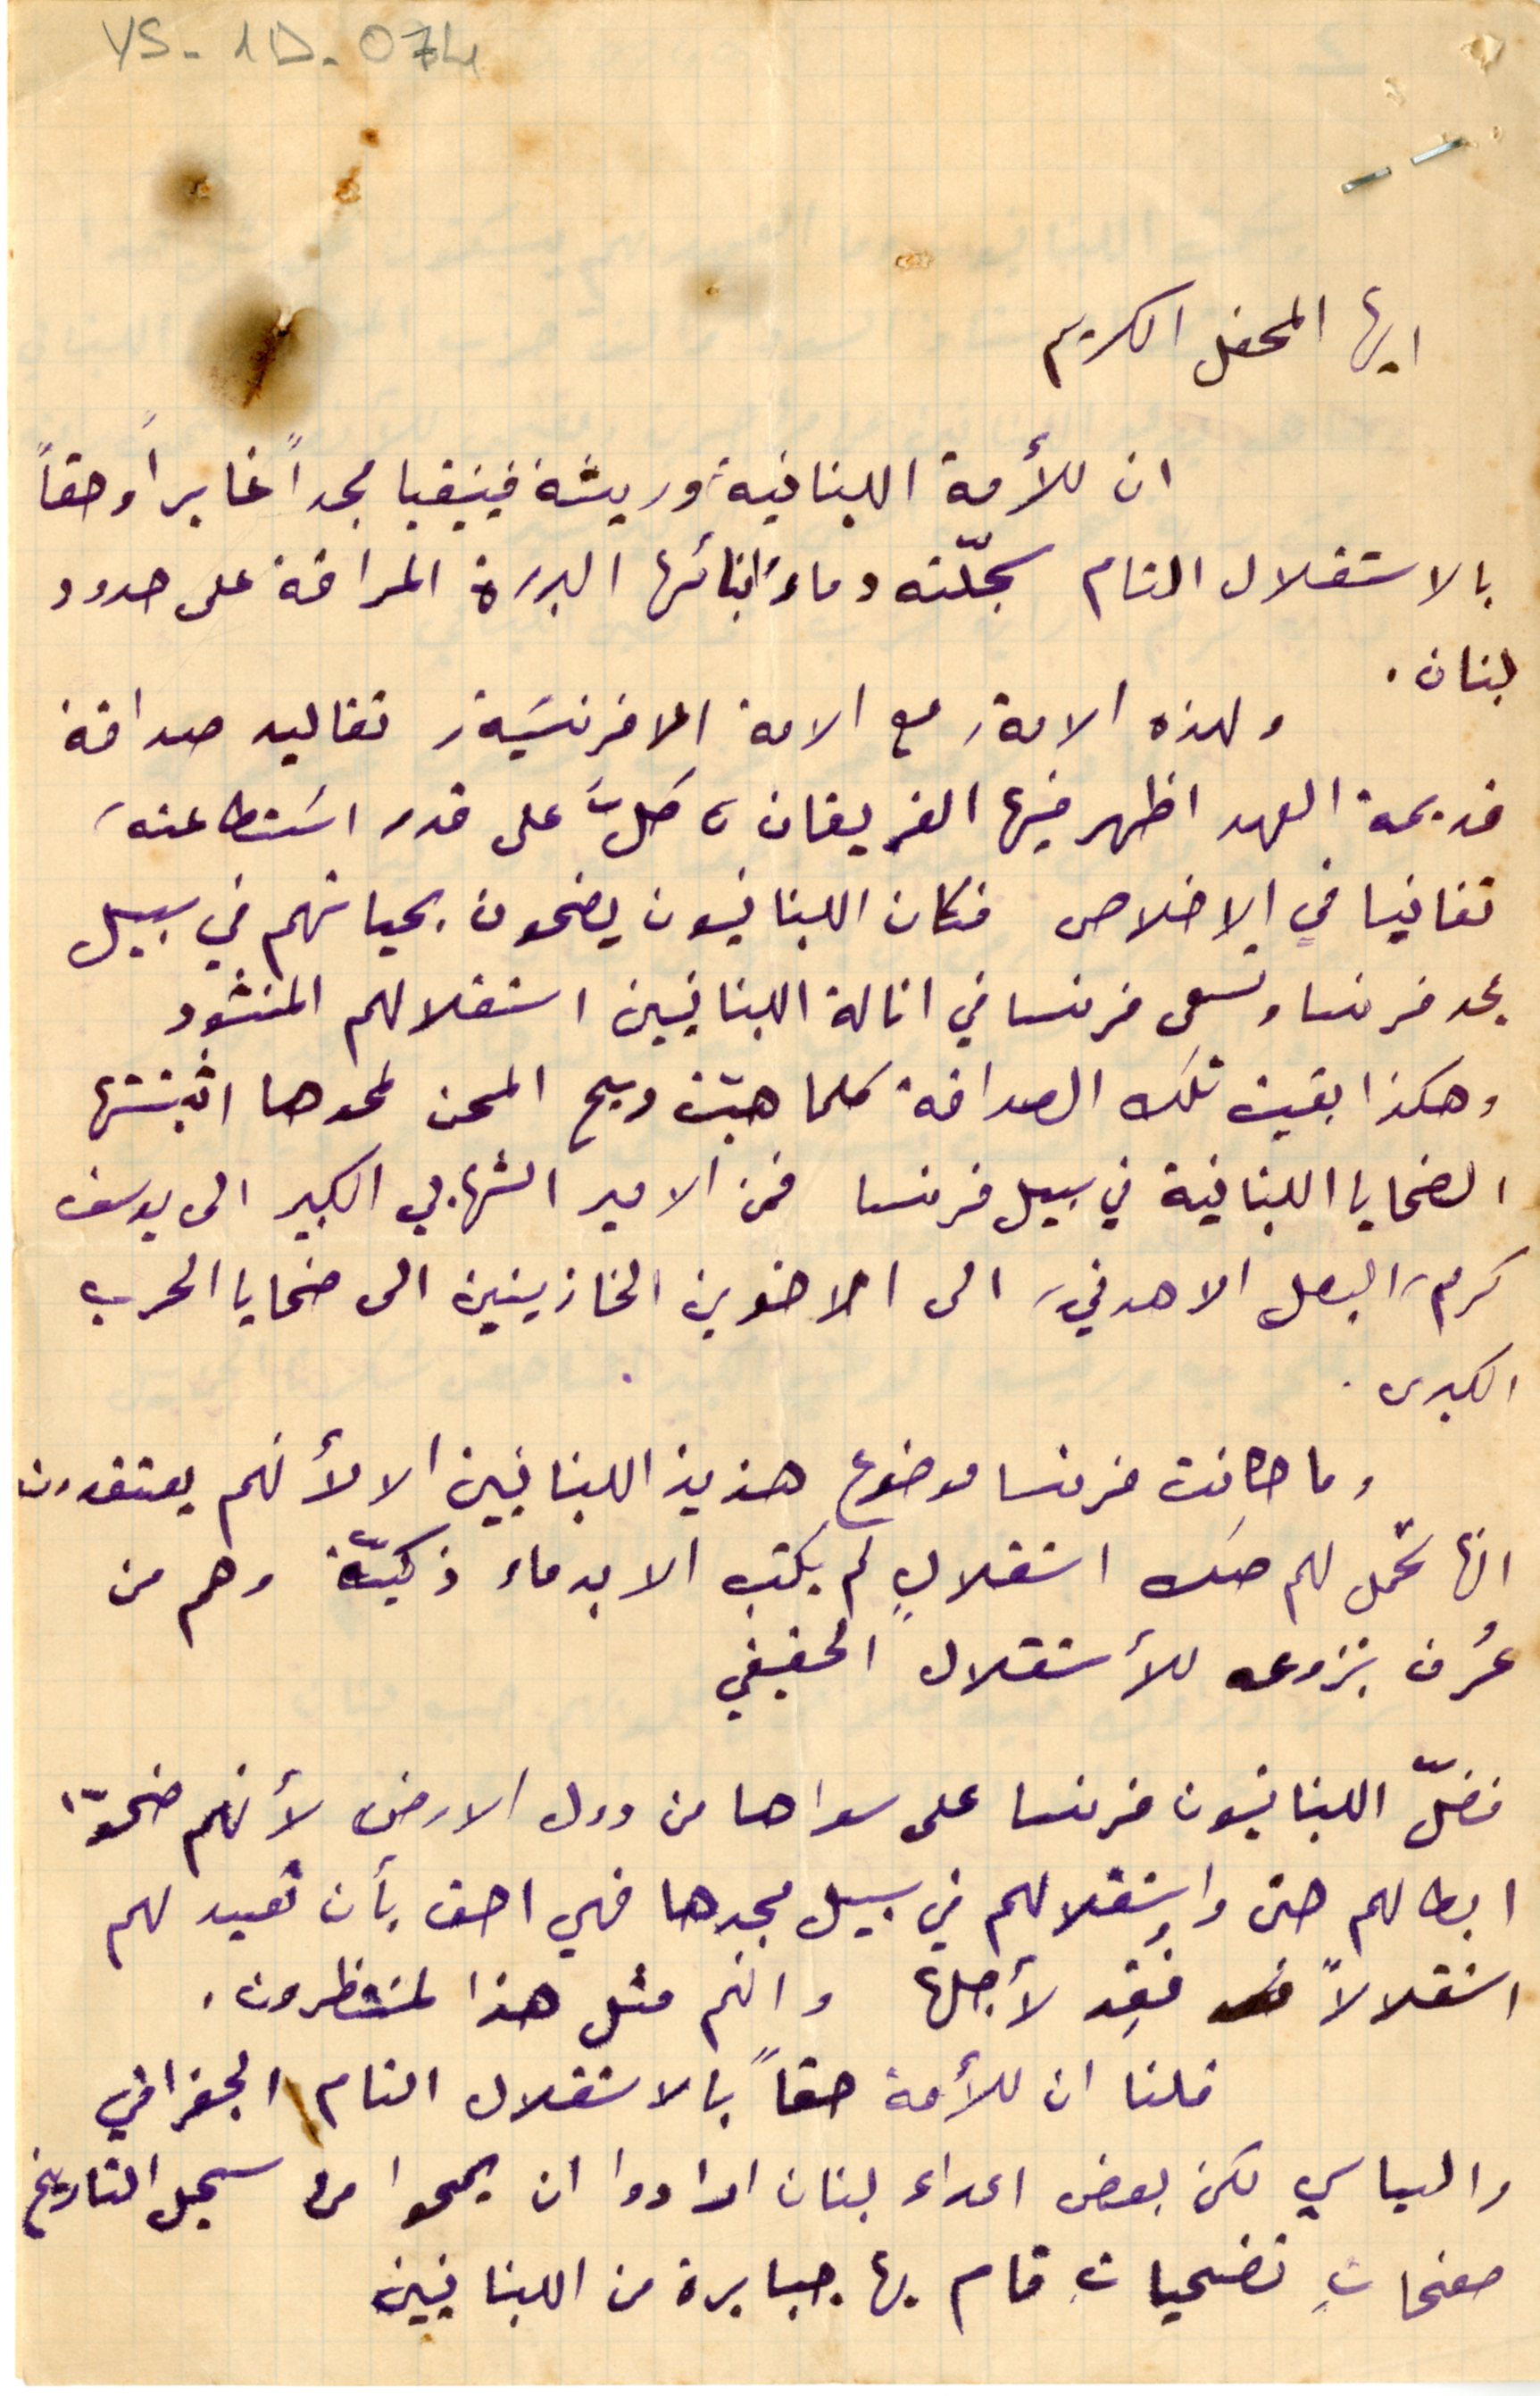
YS - 1D - 074
ايها المحفل الكريم
ان للأمة اللبنانية وريثة فينيقيا مجداً غابراً وحقاً
بالاستقلال التام سجّلته دماءَ ابنائها البررة المراقة على حدود
لبنان.
ولهذه الامة، مع الامة الافرنسَية، تقاليد صداقة
قديمة العهد اظهر فيها الفريقان ، كلَّ على قدر استطاعته
تفانيا في الاخلاص فكان اللبنانيون يضحون بحياتهم في سبيل
مجد فرنسا وتسعى فرنسا في انالة اللبنانيين استقلالهم المنشود
وهكذا بقيت تلك الصداقة كلما هبّت ريح المحن لمحوها اثبتتها
الضحايا اللبنانية في سبيل فرنسا فمن الامير الشهابي الكبير الى يوسف
كرم، البطل الاهدني، الى الاخوين الخازينين الى ضحايا الحرب

الكبرى.
وما كانت فرنسا موضوع هزيز اللبنانيين الا لأنهم يعتقدون
انها تحمل لهم صك استقلالٍ لم يكتب الا بدماء ذكيّة وهم من
عُرف بنزوعه للاستقلال الحقيقي
فضلّ اللبنانيون فرنسا على سواها من دول الارض لأنهم ضحوّا
ابطالهم وحتى استقلالهم في سبيل مجدها فهي احق بأن تعيد لهم
استقلالاً فُقِد لأجلها وانهم مثل هذا لمنتظرون.
قلنا ان للأمة حقاً بالاستقلال التام الجغرافي
والسياسي لكن بعض اعداء لبنان ارادوا ان يمحوا من سجل التاريخ
صفحاتِ تضحياتِ قام بها جبابرة من اللبنانيين